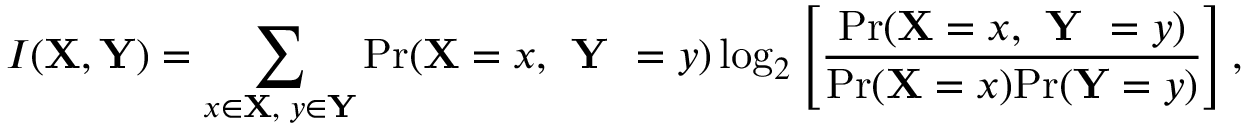
I ( \mathbf { X } , \mathbf { Y } ) = \sum _ { x \in \mathbf { X } , \; y \in \mathbf { Y } } \mathrm { P r } ( \mathbf { X } = x , \textbf { Y } = y ) \log _ { 2 } \left[ \frac { \mathrm { P r } ( \mathbf { X } = x , \textbf { Y } = y ) } { \mathrm { P r } ( \mathbf { X } = x ) \mathrm { P r } ( \mathbf { Y } = y ) } \right] ,